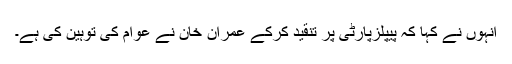
انہوں نے کہا کہ پیپلزپارٹی پر تنقید کرکے عمران خان نے عوام کی توہین کی ہے۔